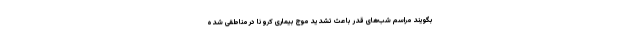
بگویند مراسم شب‌های قدر باعث تشدید موج بیماری کرونا در مناطقی شده